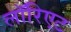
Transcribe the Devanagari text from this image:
लॉरिएट